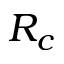
R _ { c }